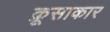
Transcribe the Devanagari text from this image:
क्रूसाकार